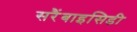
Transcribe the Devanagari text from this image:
सरैंबाइसिडी